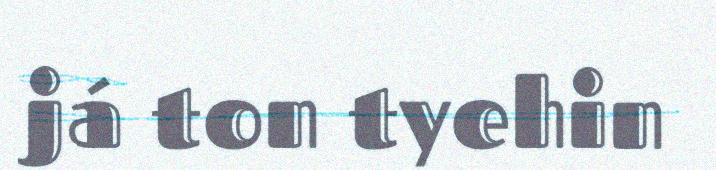
já ton tyehin